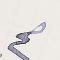
صح